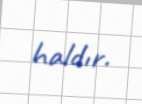
haldır.